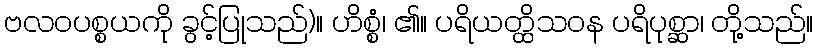
ဗလဝပစ္စယကို ခွင့်ပြုသည်)။ ဟိစ္စံ၊ ၏။ ပရိယတ္ထိသဝန ပရိပုစ္ဆာ၊ တို့သည်။